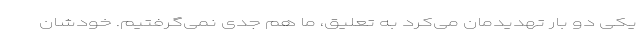
یکی دو بار تهدیدمان می‌کرد به تعلیق، ما هم جدی نمی‌گرفتیم. خودشان